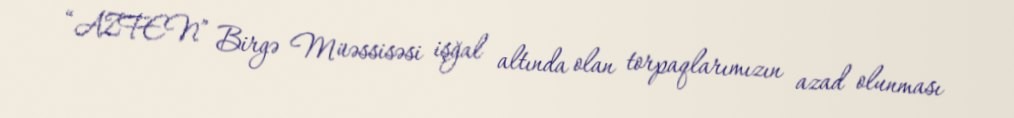
“AZFEN” Birgə Müəssisəsi işğal altında olan torpaqlarımızın azad olunması